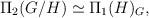
LaTeX: \begin{align*}\Pi_2(G/H) \simeq \Pi_1(H)_G,\end{align*}